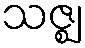
သဇ္ဈ